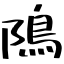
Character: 隝